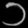
Digit: ၁